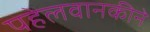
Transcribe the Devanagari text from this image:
पहेलवानकीने